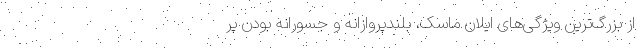
از بزرگ‌ترین ویژگی‌های ایلان ماسک، بلندپروازانه و جسورانه بودن پر